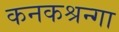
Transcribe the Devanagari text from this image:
कनकश्रन्गा